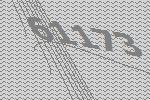
61173